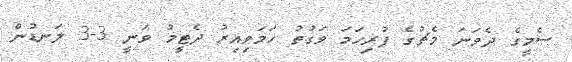
ސެމީގެ ދެވަނަ މެޗުގެ ފުރިހަމަ ވަގުތު ހަމަވިއިރު ދެޓީމު ވަނީ 3-3 ލަނޑުން